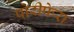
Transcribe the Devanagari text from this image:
पोरीफेरा